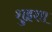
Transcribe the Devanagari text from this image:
शुइशा